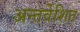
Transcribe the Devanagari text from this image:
अन्तर्वेशित